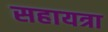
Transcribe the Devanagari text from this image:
सहायत्रा